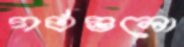
গর্তগুলো